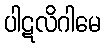
ပါဋလိဂါမေ